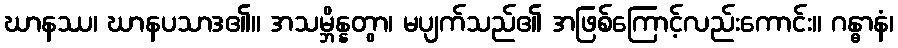
ဃာနဿ၊ ဃာနပသာဒ၏။ အသမ္ဘိန္နတွာ၊ မပျက်သည်၏ အဖြစ်ကြောင့်လည်းကောင်း။ ဂန္ဓာနံ၊